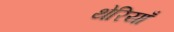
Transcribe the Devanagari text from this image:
थेरियाँ